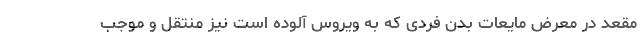
مقعد در معرض مایعات بدن فردی که به ویروس آلوده است نیز منتقل و موجب